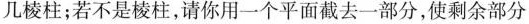
几棱柱；若不是棱柱，请你用一个平面截去一部分 ，使剩余部分